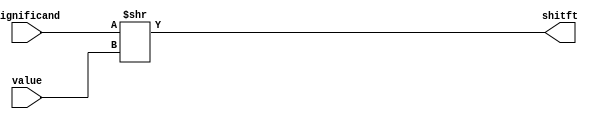
module shift_right (
	input [24:0] significand, 
	input [7:0] value, 
	output [24:0] shitft);


	assign shitft = significand >> value;
endmodule